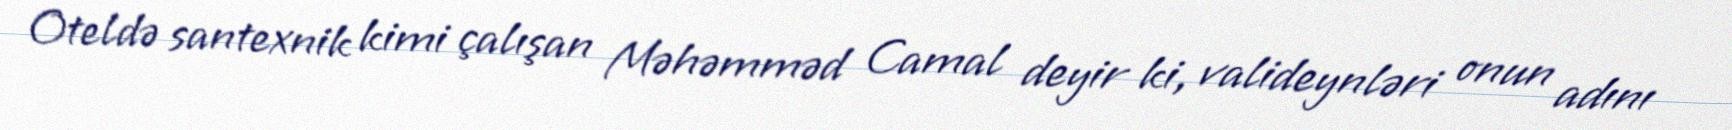
Oteldə santexnik kimi çalışan Məhəmməd Camal deyir ki, valideynləri onun adını